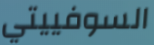
السوفييتي